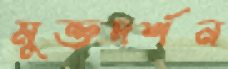
মুক্তদর্শন